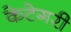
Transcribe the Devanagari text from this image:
केटेगरी